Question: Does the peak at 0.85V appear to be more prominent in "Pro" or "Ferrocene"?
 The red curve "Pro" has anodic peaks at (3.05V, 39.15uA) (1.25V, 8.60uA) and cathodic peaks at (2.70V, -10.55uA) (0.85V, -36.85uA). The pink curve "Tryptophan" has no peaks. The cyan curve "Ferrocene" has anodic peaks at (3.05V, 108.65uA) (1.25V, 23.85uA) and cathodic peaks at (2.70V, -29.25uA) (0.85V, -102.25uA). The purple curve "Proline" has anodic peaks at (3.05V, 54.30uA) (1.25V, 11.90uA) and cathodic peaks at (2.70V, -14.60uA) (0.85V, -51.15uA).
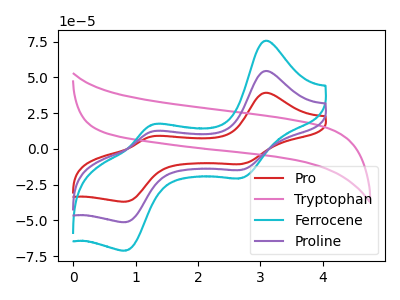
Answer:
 <answer>The peak at 0.85V is lower in "Pro" than in "Ferrocene".</answer>
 <eval>lower</eval>